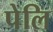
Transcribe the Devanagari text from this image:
पेलि